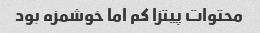
محتوات پیتزا کم اما خوشمزه بود